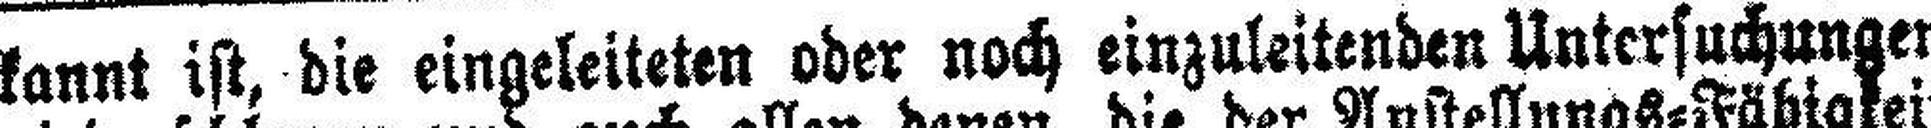
kannt ist, die eingeleiteten oder noch einzuleitenden Untersuchungen